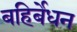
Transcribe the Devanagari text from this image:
बहिर्बेधन